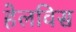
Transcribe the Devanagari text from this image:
हेलविस